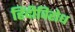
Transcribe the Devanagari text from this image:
हिंदीविरोध